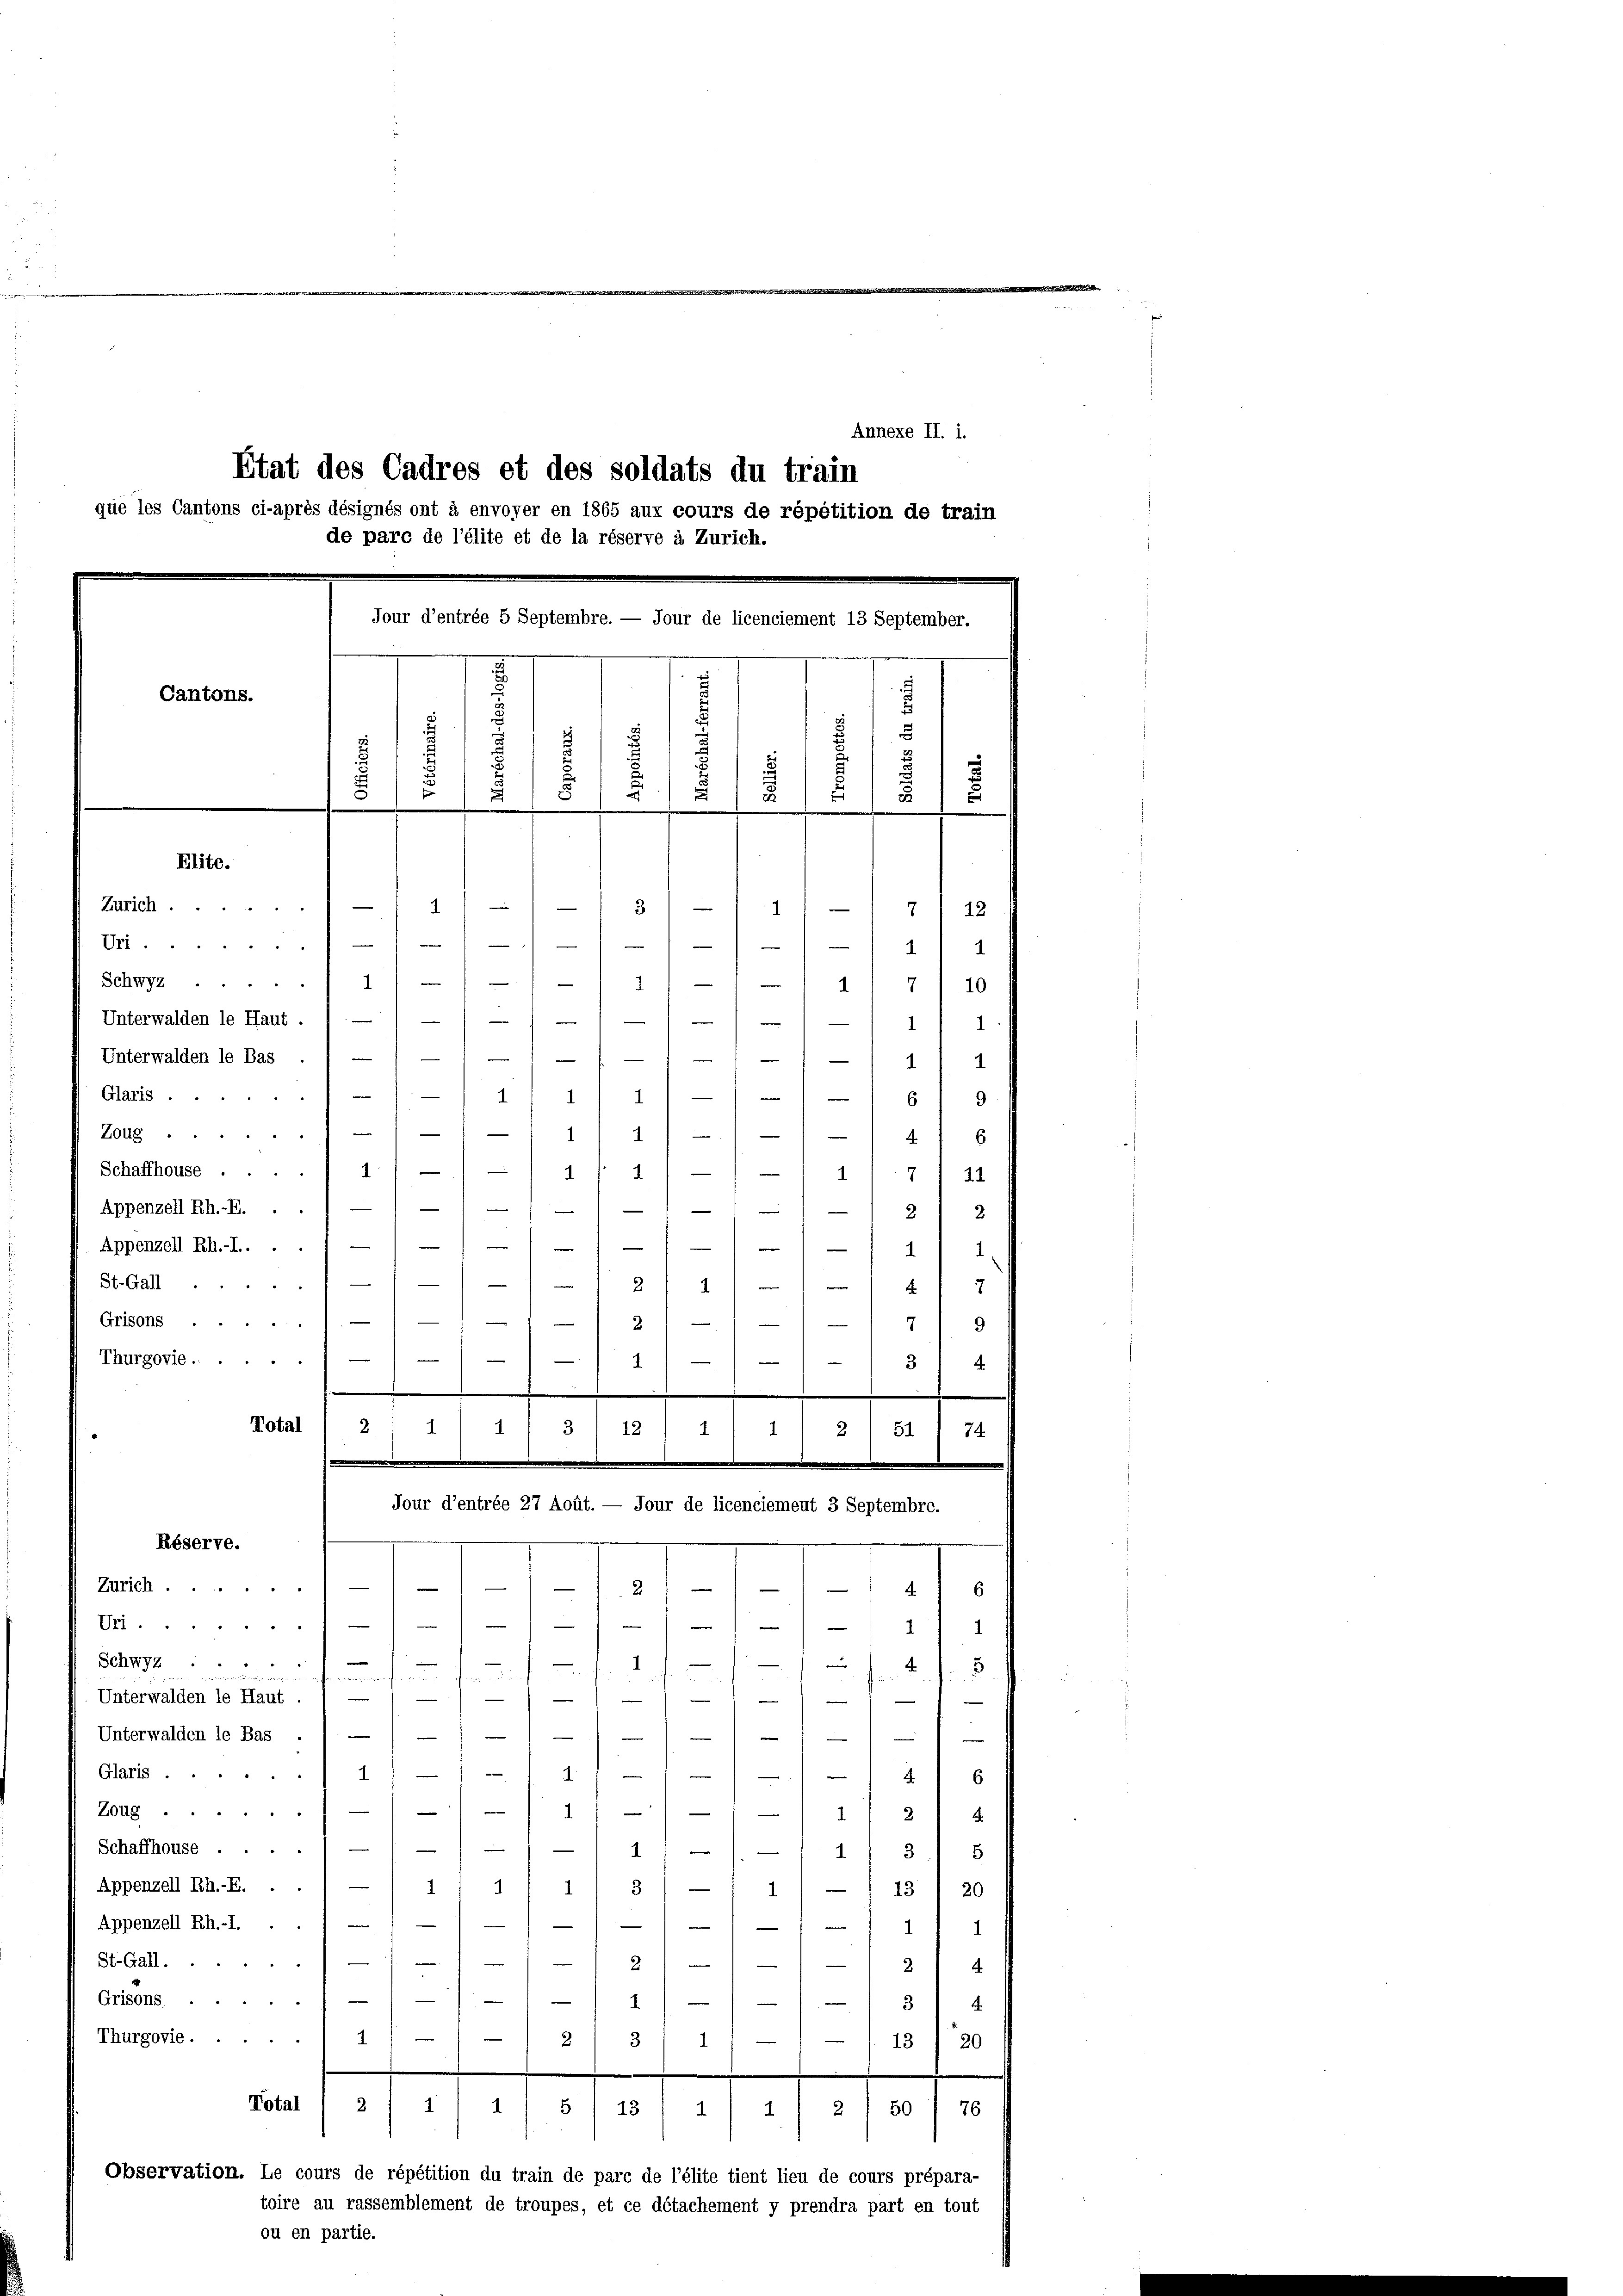
Annexe II. i.
Etat des Cadres et des soldats du train
que les Cantons ci-après désignés ont à envoyer en 1865 aux cours de répétition de train
de pare de l’élite et de la réserve à Zürich.
Jour d’entrée 5 Septembre. — Jour de licenciement 13 September.
Cantons.
.
.
u
.
2
6
5
Elite.
n
Zürich ..
3)
2
2/ 18
n
—
1
Un
4
e
Schwyz. i) —
47/10
1
e
—
Unterwalden le Haut . / — ) — " —
1/ 1
Unterwalden le Bas . 1 — / — " —

11
—
1
Glaris ...
1
n
1
6
u
9

J
8
1 418
1
Zoug ..

1

.
Schaffhouse ....
724
)
Appenzell Rh.-E. ..
2. 2
s
e

Appenzell Rh.-I.. .
41
e
St.Gall
e
2
)
1.
7
e

Grisons
 24
79
2
d
)
Thurgovie.....
31 4
"
.
Total
1
11 21 51
74.
Jour d’entrée 27 Aoüt. — Jour de licenciement 3 Septembre.
Réserve.
d
Zürich.
 2/ 1
4
6
1
d
e
—
Gr .......
e
1
1
e
—
Schwyz ...

ufe d
u
.
n
f
Unterwalden le Haut . / —
)
1
—
Unterwalden le Bas . 1 — / ———
.
e
ein
g
Glaris .
d
.
4
6
g
Zoug1-11/11/

Schaffhouse ...
411
3 8
Appenzell Rh.-E. . . / —
9/ 1, 31 — 1 11 - ) 13 I 20
Appenzell Rh.-I. . ./////-1

St.Gall
2)
2
—
Grisons
1
3 4
Thurgovie.......
1
3
2.
13 1 20
.
Total
1
2
1
5  13
2 1 50
76
r
1
Observation. Le cours de répétition du train de parc de l’élite tient lieu de cours prépara-
toire au rassemblement de troupes, et ce détachement y prendra part en tout
ou en partie.

44
31 12

2